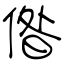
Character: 偺